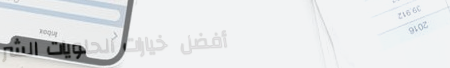
أفضل خيارات الحلويات الشر